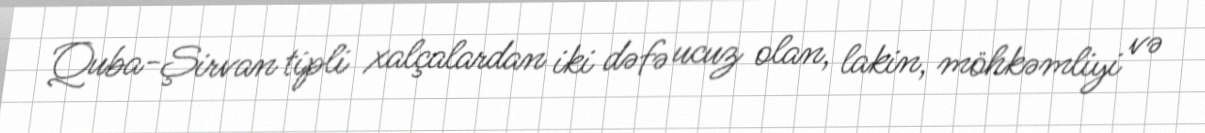
Quba-Şirvan tipli xalçalardan iki dəfə ucuz olan, lakin, möhkəmliyi və